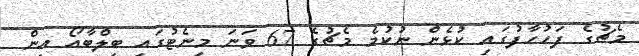
މެޗުގެ ފަހުހާފުގައި ކުޅެން ނުކުމެ މެޗުގެ 67 ވަނަ މިނެޓުގައި ބިލްބާއޯ އިން